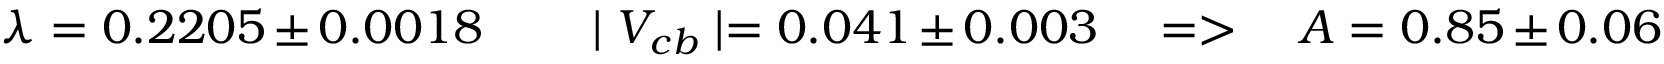
\lambda = 0 . 2 2 0 5 \pm 0 . 0 0 1 8 \qquad \mid V _ { c b } \mid = 0 . 0 4 1 \pm 0 . 0 0 3 \quad = > \quad A = 0 . 8 5 \pm 0 . 0 6